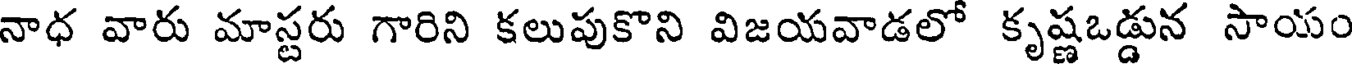
నాధ వారు మాస్టరు గారిని కలుపుకొని విజయవాడలో కృష్ణఒడ్డున సాయం